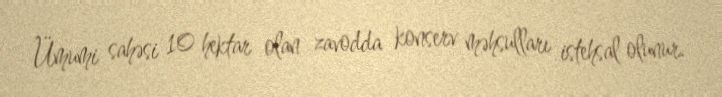
Ümumi sahəsi 10 hektar olan zavodda konserv məhsulları istehsal olunur.